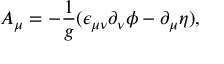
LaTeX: A _ { \mu } = - \frac { 1 } { g } ( \epsilon _ { \mu \nu } \partial _ { \nu } \phi - \partial _ { \mu } \eta ) ,